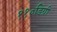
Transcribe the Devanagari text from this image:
११०डिग्री